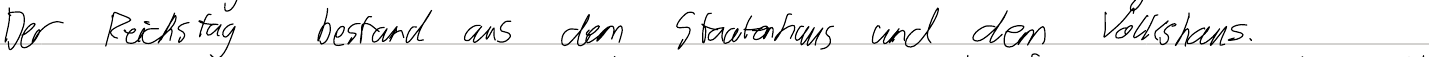
Der Reichstag bestand aus dem Staatenhaus und dem Volkshaus.